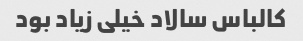
کالباس سالاد خیلی زیاد بود